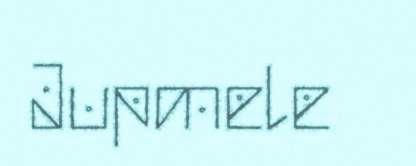
Jupmele